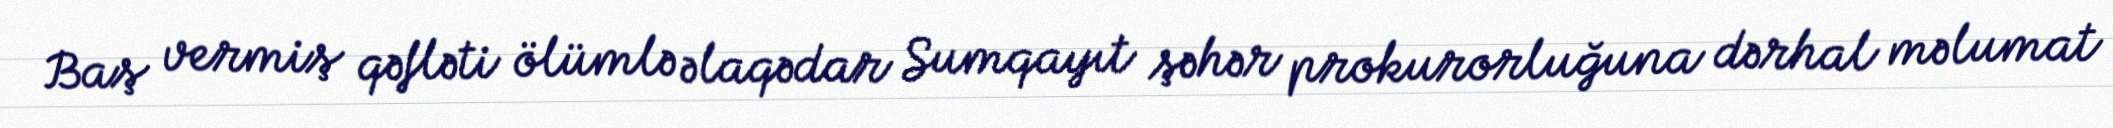
Baş vermiş qəfləti ölümlə əlaqədar Sumqayıt şəhər prokurorluğuna dərhal məlumat